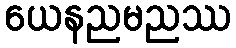
ယေနညမညဿ